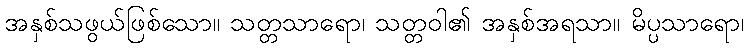
အနှစ်သဖွယ်ဖြစ်သော။ သတ္တသာရော၊ သတ္တဝါ၏ အနှစ်အရသာ။ မိပ္ပသာရော၊